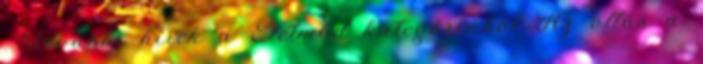
. További hírek a Életmód kategóriából Az oltás a